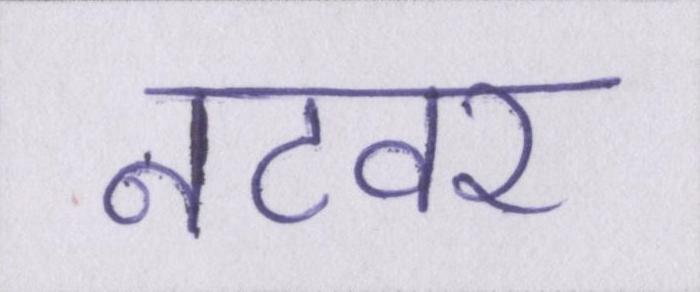
नटवर